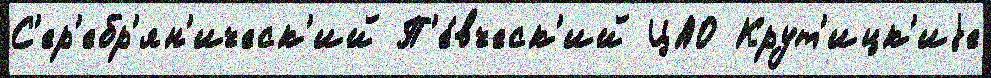
С'ер'ебр'ян'ическ'ий П'е́вческ'ий ЦАО Крут'ицк'иjе